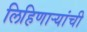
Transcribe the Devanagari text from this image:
लिहिणाऱ्यांची